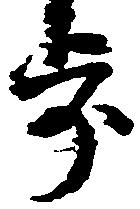
歩